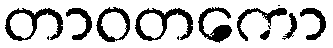
တာဝတကော